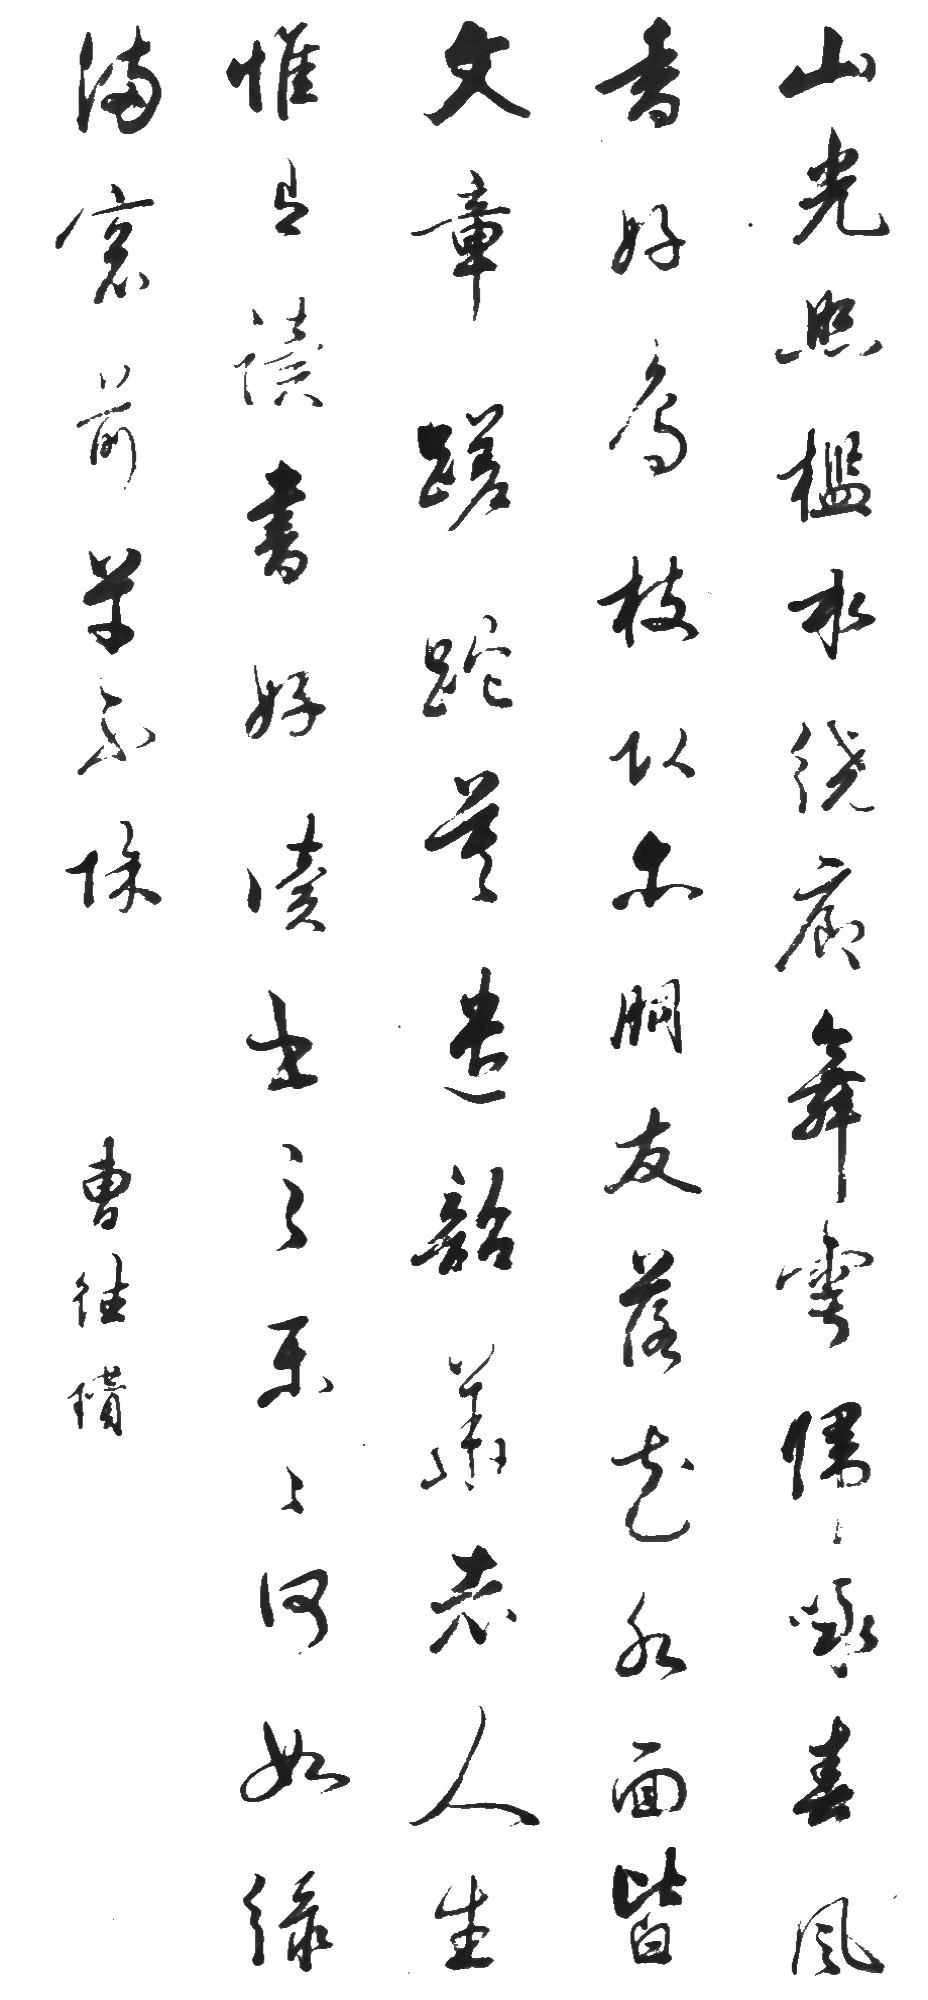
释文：山光照槛水绕廊，舞雩归咏春风香。好鸟枝头亦朋友，落花水面皆文章。蹉跎莫遣韶华老，人生惟有读书好。读书之乐乐何如？绿满窗前草不除。曹德瓒行草七言诗轴，庚辰春日于静观斋。